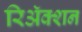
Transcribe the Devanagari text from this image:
रिअॅक्शन